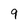
Character: 9